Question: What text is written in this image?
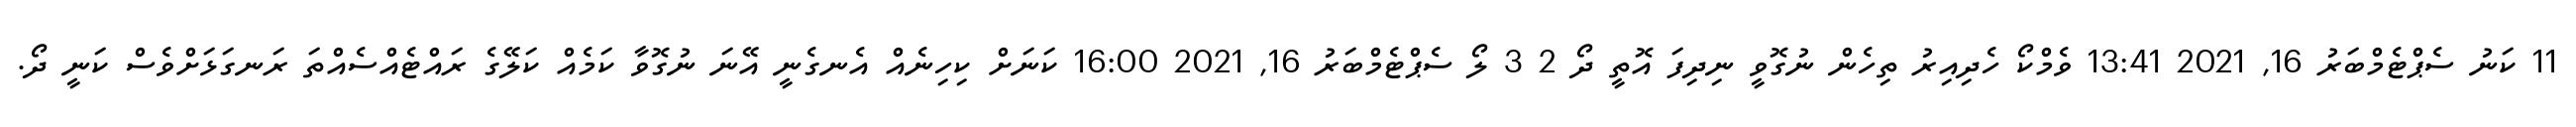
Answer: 11 ކަނު ސެޕްޓެމްބަރު 16, 2021 13:41 ވެމްކޯ ހެދިއިރު ތިހެން ނުގޮވީ ނިދިފަ އޮތީ ދޯ 2 3 ލޯ ސެޕްޓެމްބަރު 16, 2021 16:00 ކަނަށް ކިހިނެއް އެނގެނީ އޭނަ ނުގޮވާ ކަމެއް ކަލޭގެ ރައްޓެއްސެއްތަ ރަނގަޅަށްވެސް ކަނީ ދޯ.